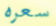
سعره